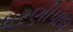
ધરણીપાલ